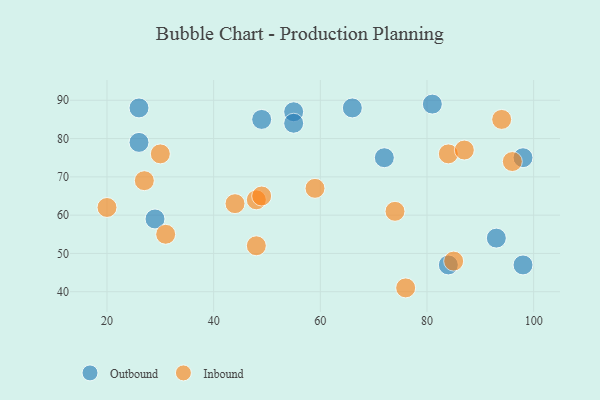
{"axis": {"x": "GDP", "y": "Life Expectancy"}, "legend": ["Inbound", "Outbound"], "data": [{"x": "93", "y": 54, "type": "Outbound"}, {"x": "55", "y": 87, "type": "Outbound"}, {"x": "84", "y": 47, "type": "Outbound"}, {"x": "98", "y": 75, "type": "Outbound"}, {"x": "55", "y": 84, "type": "Outbound"}, {"x": "72", "y": 75, "type": "Outbound"}, {"x": "66", "y": 88, "type": "Outbound"}, {"x": "81", "y": 89, "type": "Outbound"}, {"x": "26", "y": 79, "type": "Outbound"}, {"x": "49", "y": 85, "type": "Outbound"}, {"x": "29", "y": 59, "type": "Outbound"}, {"x": "26", "y": 88, "type": "Outbound"}, {"x": "98", "y": 47, "type": "Outbound"}, {"x": "84", "y": 76, "type": "Inbound"}, {"x": "85", "y": 48, "type": "Inbound"}, {"x": "30", "y": 76, "type": "Inbound"}, {"x": "27", "y": 69, "type": "Inbound"}, {"x": "94", "y": 85, "type": "Inbound"}, {"x": "48", "y": 64, "type": "Inbound"}, {"x": "49", "y": 65, "type": "Inbound"}, {"x": "59", "y": 67, "type": "Inbound"}, {"x": "76", "y": 41, "type": "Inbound"}, {"x": "31", "y": 55, "type": "Inbound"}, {"x": "87", "y": 77, "type": "Inbound"}, {"x": "48", "y": 52, "type": "Inbound"}, {"x": "74", "y": 61, "type": "Inbound"}, {"x": "96", "y": 74, "type": "Inbound"}, {"x": "20", "y": 62, "type": "Inbound"}, {"x": "44", "y": 63, "type": "Inbound"}]}